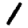
Digit: 1